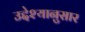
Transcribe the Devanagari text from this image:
उद्देश्यानुसार